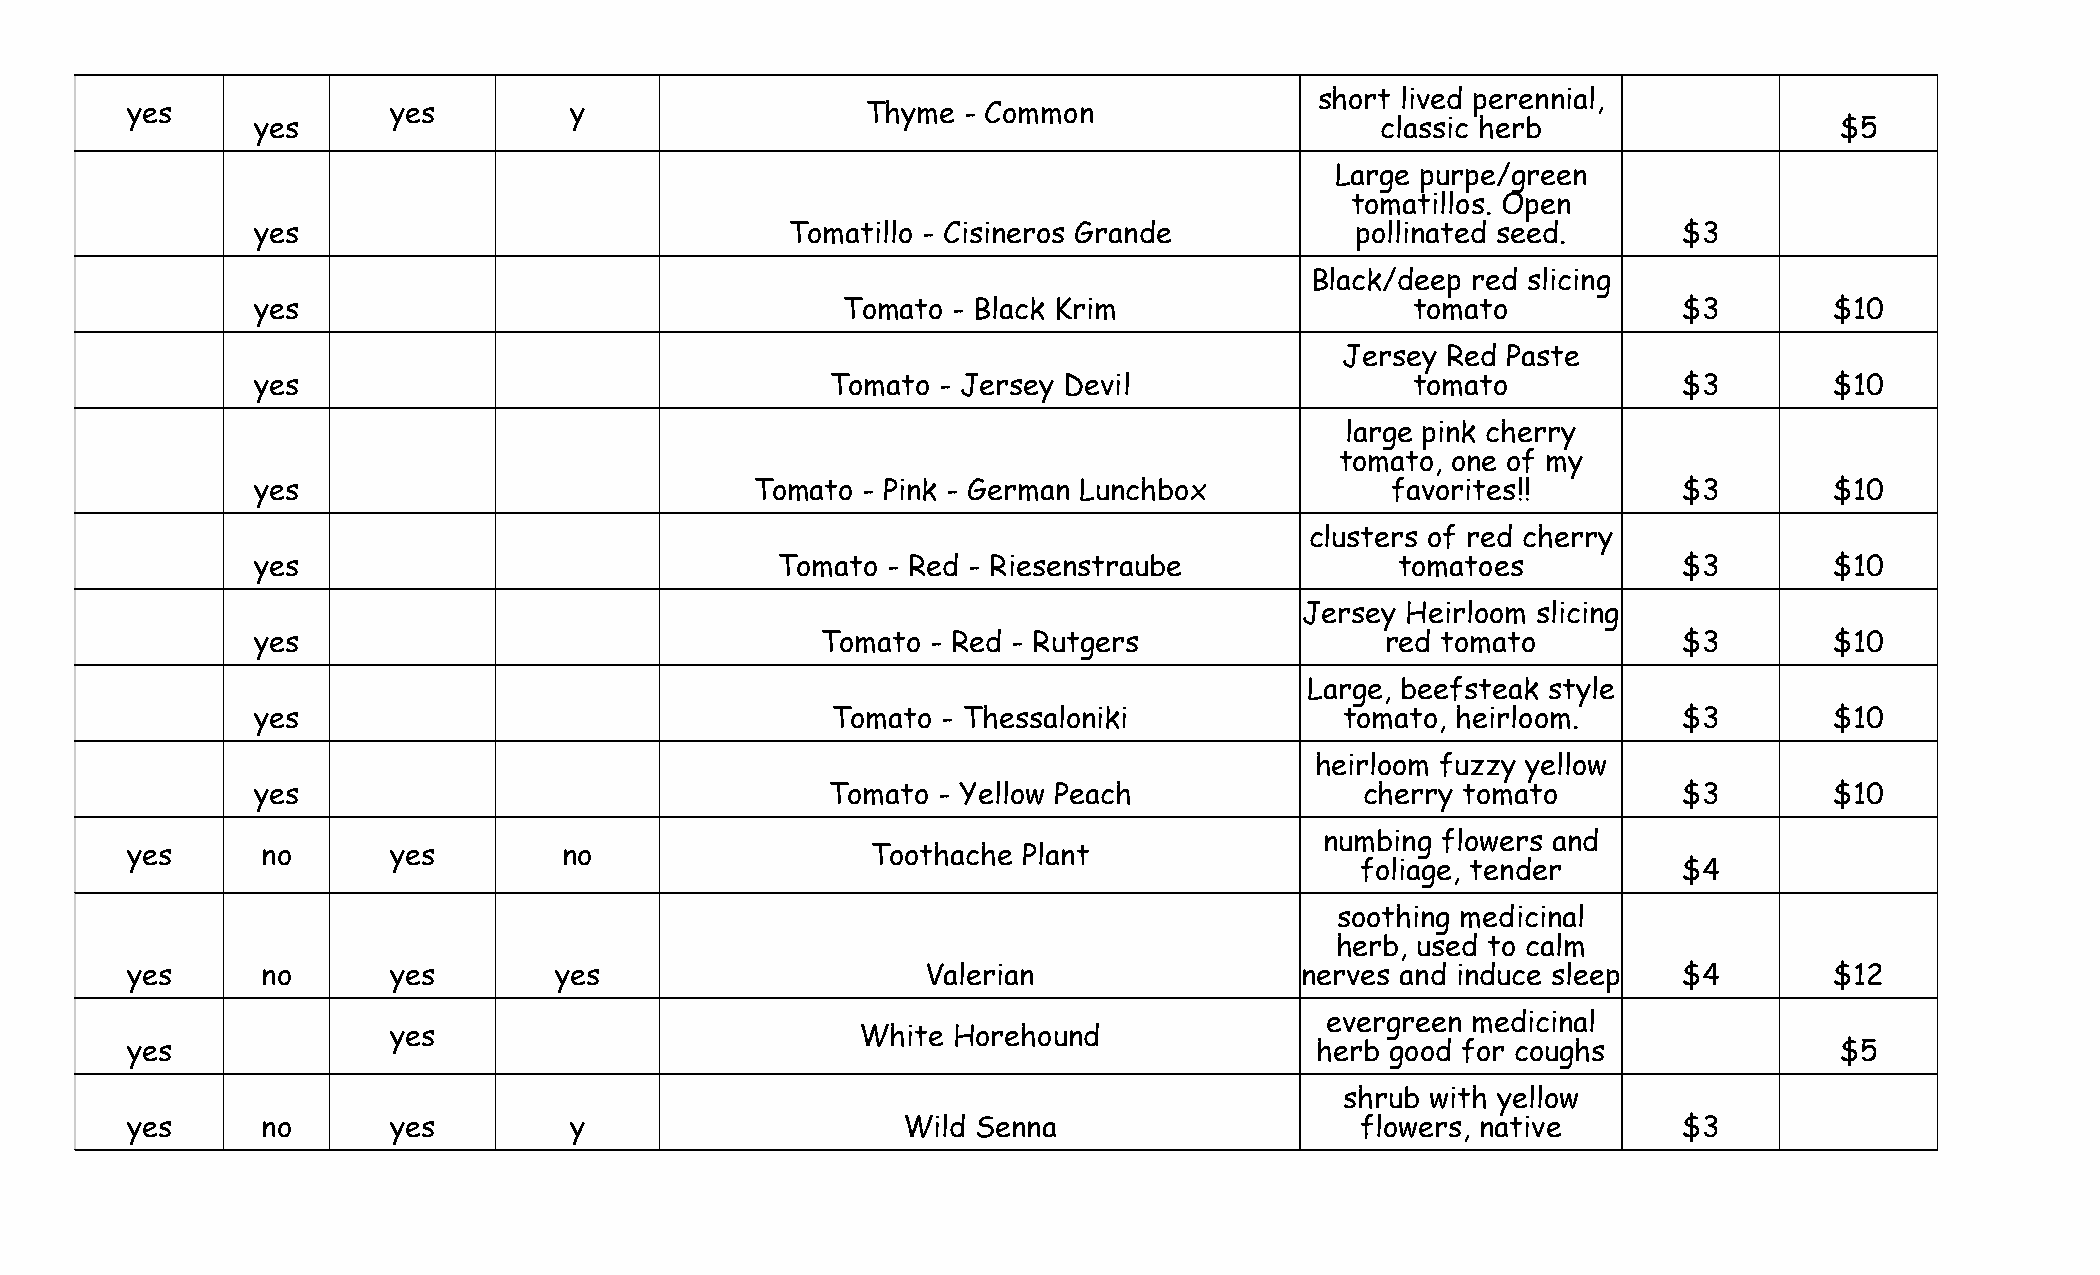
short lived perennial,
 yes               yes         y                  Thyme  - Common
 yes                                                                       classic herb                   $5
 Large purpe/green
 tomatillos. Open
 yes                                Tomatillo - Cisineros Grande          pollinated seed.     $3
 Black/deep red slicing
 yes                                    Tomato - Black Krim                   tomato           $3        $10
 Jersey Red Paste
 yes                                   Tomato - Jersey Devil                  tomato           $3        $10
 large pink cherry
 tomato, one of my
 yes                              Tomato - Pink - German Lunchbox           favorites!!        $3        $10
 clusters of red cherry
 yes                               Tomato  - Red - Riesenstraube             tomatoes          $3        $10
 Jersey Heirloom slicing
 yes                                  Tomato  - Red - Rutgers               red tomato         $3        $10
 Large, beefsteak style
 yes                                   Tomato - Thessaloniki             tomato, heirloom.     $3        $10
 heirloom fuzzy yellow
 yes                                   Tomato - Yellow Peach              cherry tomato        $3        $10
 numbing flowers and
 yes      no       yes        no                   Toothache Plant
 foliage, tender      $4
 soothing medicinal
 herb, used to calm
 yes      no       yes        yes                     Valerian                 nerves and induce sleep  $4        $12
 evergreen medicinal
 yes                            White Horehound
 yes                                                                            herb good for coughs               $5
 shrub with yellow
 yes      no       yes         y                     Wild Senna                    flowers, native      $3